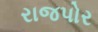
રાજપોર